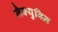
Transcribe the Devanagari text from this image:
मैक्युबिन